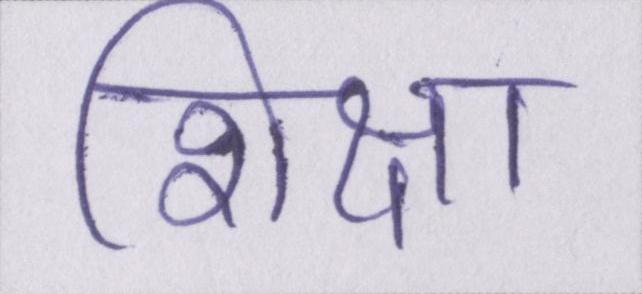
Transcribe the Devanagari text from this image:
शिक्षा